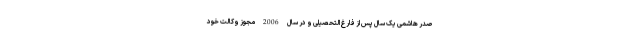
صدر هاشمی یک سال پس از فارغ‌التحصیلی و در سال 2006 مجوز وکالت خود